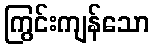
ကြွင်းကျန်သော